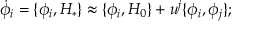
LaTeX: \dot { \phi } _ { i } = \{ \phi _ { i } , H _ { * } \} \approx \{ \phi _ { i } , H _ { 0 } \} + u ^ { j } \{ \phi _ { i } , \phi _ { j } \} ;